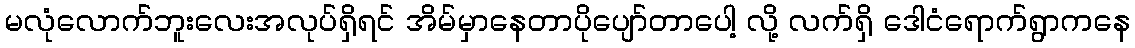
မလုံလောက်ဘူးလေးအလုပ်ရှိရင် အိမ်မှာနေတာပိုပျော်တာပေါ့ လို့ လက်ရှိ ဒေါငံရောက်ရွာကနေ